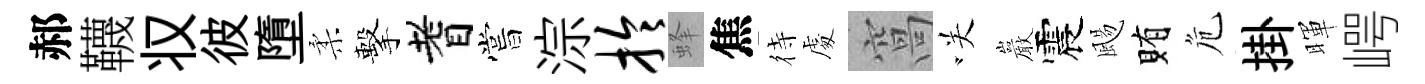
郝韈𠬧彼墮柔擊耆嘗淙拎蜂焦待䖏窩咲巖震颺賄危掛暉崿